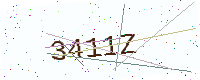
Text: 3411Z